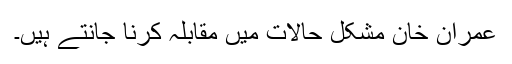
عمران خان مشکل حالات میں مقابلہ کرنا جانتے ہیں۔